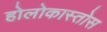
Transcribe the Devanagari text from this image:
होलोकास्तोस